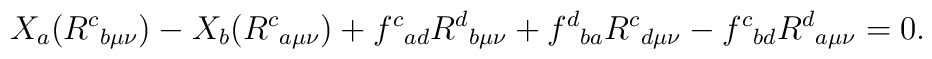
X_{a}(R^{c}{}_{b \mu \nu}) - X_{b}(R^{c}{}_{a \mu \nu}) + f^{c}{}_{ad}R^{d}{}_{b \mu \nu} + f^{d}{}_{b a}R^{c}{}_{d \mu \nu} - f^{c}{}_{bd}R^{d}{}_{a \mu \nu} = 0.